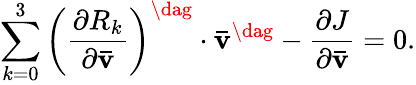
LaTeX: \sum_{k=0}^{3}{{{\left({\frac{{\partial{R_{k}}}}{{\partial{\mathbf{\bar{v}}}}}}\right)}^{\dag}}\cdot{{{\mathbf{\bar{v}}}}^{\dag}}}-\frac{{\partial J}}{{\partial{\mathbf{\bar{v}}}}}=0.